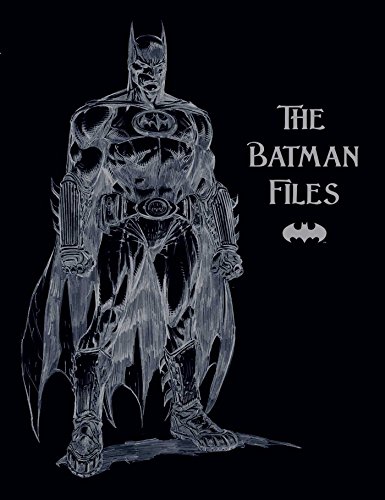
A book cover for The Batman Files; Matthew Manning; Comics & Graphic Novels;